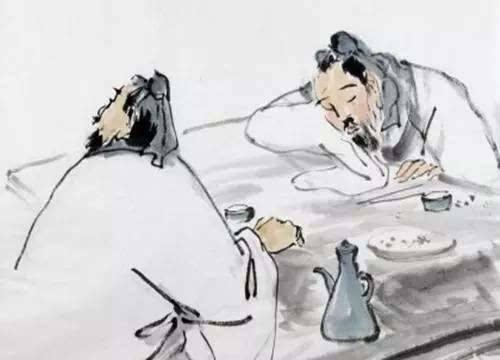
停车数行日，劝酒问回期。